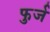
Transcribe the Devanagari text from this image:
फुर्ज